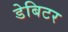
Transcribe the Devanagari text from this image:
डेबिटर